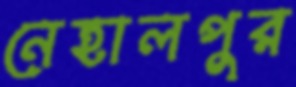
নেহালপুর